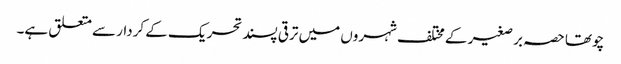
چوتھا حصہ بر صغیر کے مختلف شہروں میں ترقی پسند تحریک کے کردار سے متعلق ہے۔